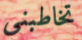
تخاطبني